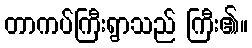
တာကပ်ကြီးရွာသည် ကြီး၏။